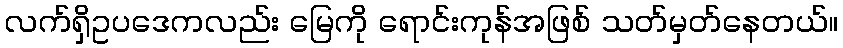
လက်ရှိဥပဒေကလည်း မြေကို ရောင်းကုန်အဖြစ် သတ်မှတ်နေတယ်။